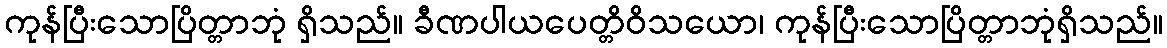
ကုန်ပြီးသောပြိတ္တာဘုံ ရှိသည်။ ခီဏပါယပေတ္တိဝိသယော၊ ကုန်ပြီးသောပြိတ္တာဘုံရှိသည်။